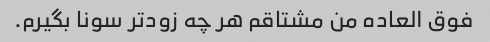
فوق العاده من مشتاقم هر چه زودتر سونا بگیرم.